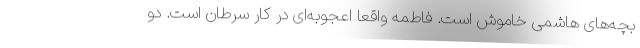
بچه‌های هاشمی خاموش است. فاطمه واقعا اعجوبه‌ای در کار سرطان است. دو